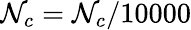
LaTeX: \mathcal{N}_{c}=\mathcal{N}_{c}/10000